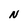
Character: N